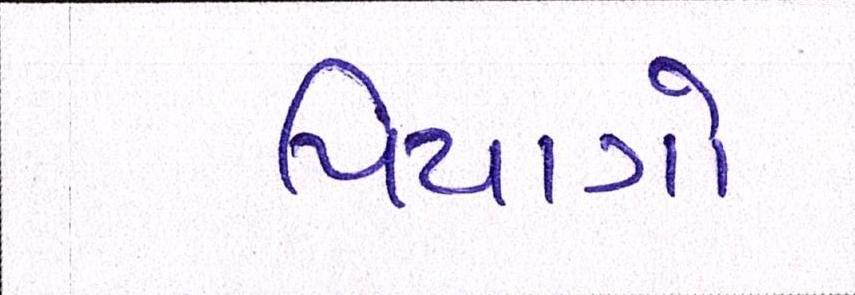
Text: પિયાગો